Plague in India, 1896, 1897 - Volume 2
Year: 1896
Disease focus: Plague
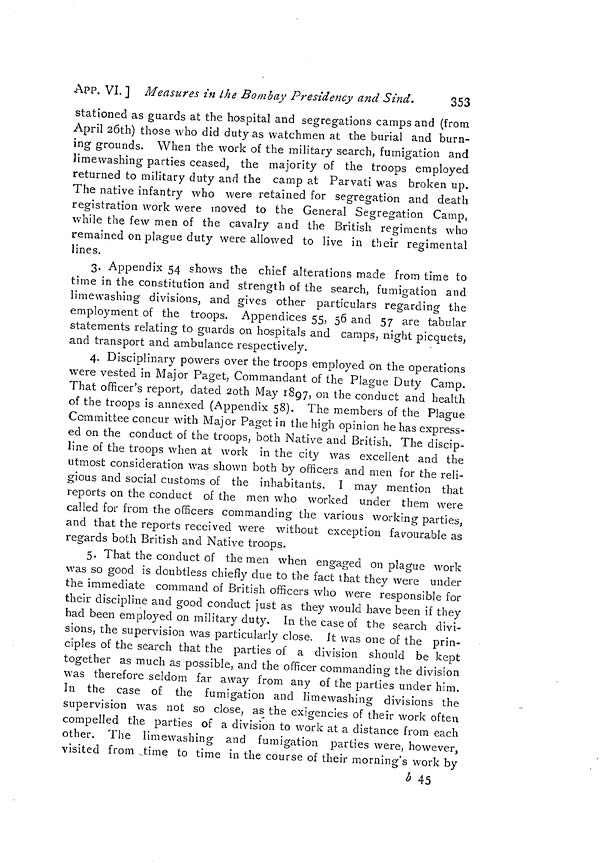
APP. VI. ] Measures in the Bombay Presidency and Sind,
353
stationed as guards at the hospital and segregations camps and (from
April 26th) those who did duty as watchmen at the burial and burn-
ing grounds. When the work of the military search, fumigation and
limewashing parties ceased, the majority of the troops employed
returned to military duty and the camp at Parvati was broken up.
The native infantry who were retained for segregation and death
registration work were moved to the General Segregation Camp,
while the few men of the cavalry and the British regiments who
remained on plague duty were allowed to live in their regimental
lines.
3. Appendix 54 shows the chief alterations made from time to
time in the constitution and strength of the search, fumigation and
limewashing divisions, and gives other particulars regarding the
employment of the troops. Appendices 55, 56 and 57 are tabular
statements relating to guards on hospitals and camps, night picquets,
and transport and ambulance respectively.
4. Disciplinary powers over the troops employed on the operations
were vested in Major Paget, Commandant of the Plague Duty Camp.
That officer's report, dated 20th May 1897, on the conduct and health
of the troops is annexed (Appendix 58). The members of the Plague
Committee concur with Major Paget in the high opinion he has express-
ed on the conduct of the troops, both Native and British. The discip-
line of the troops when at work in the city was excellent and the
utmost consideration was shown both by officers and men for the reli-
gious and social customs of the inhabitants. I may mention that
reports on the conduct of the men who worked under them were
called for from the officers commanding the various working parties,
and that the reports received were without exception favourable as
regards both British and Native troops.
5. That the conduct of the men when engaged on plague work
was so good is doubtless chiefly clue to the fact that they were under
the immediate command of British officers who were responsible for
their discipline and good conduct just as they would have been if they
had been employed on military duty. In the case of the search divi-
sions, the supervision was particularly close. Jt was one of the prin-
ciples of the search that the parties of a division should be kept
together as much as possible, and the officer commanding the division
was therefore seldom far away from any of the parties under him.
In the case of the fumigation and limewashing divisions the
supervision was not so close, as the exigencies of their work often
compelled the parties of a division to work at a distance from each
other. The limewashing and fumigation parties were, however,
visited from time to time in the course of their morning's work by
b 45